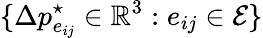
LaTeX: \{ \Delta p_{e_{ij}}^{\star}\in\mathbb{R}^{3}:e_{ij}\in\mathcal{E}\}